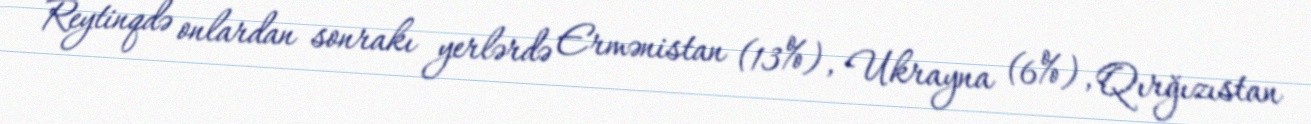
Reytinqdə onlardan sonrakı yerlərdə Ermənistan (13%), Ukrayna (6%), Qırğızıstan